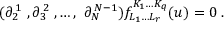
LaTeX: ( \partial _ { 2 } ^ { \, 1 } \; , \partial _ { 3 } ^ { \, 2 } \; , \ldots , \ \partial _ { N } ^ { \, N - 1 } ) f _ { L _ { 1 } \ldots L _ { r } } ^ { K _ { 1 } \ldots K _ { q } } ( u ) = 0 \; .